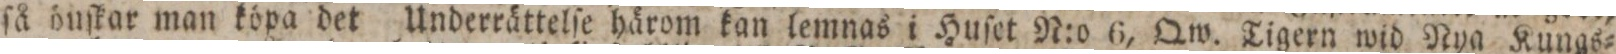
ſå önſkar man köpa det Underrättelſe härom kan lemnas i Huſet N:o 6, Qw. Tigern wid Nya Kungs=